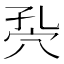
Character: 𥤾